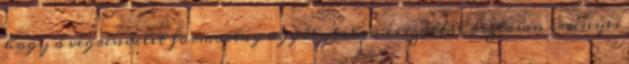
hogy a végrendelet formailag aggálytalan és ezáltal biztosan érvényes